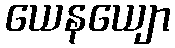
ယေနယျော